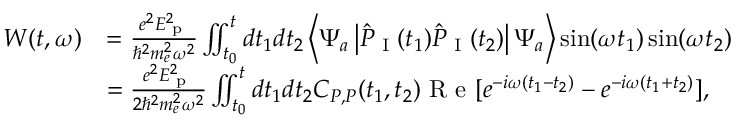
\begin{array} { r l } { W ( t , \omega ) } & { = \frac { e ^ { 2 } E _ { \textrm { p } } ^ { 2 } } { \hbar ^ { 2 } m _ { e } ^ { 2 } \omega ^ { 2 } } \iint _ { t _ { 0 } } ^ { t } d t _ { 1 } d t _ { 2 } \left\langle \Psi _ { a } \left| \hat { P } _ { \textrm { I } } ( t _ { 1 } ) \hat { P } _ { \textrm { I } } ( t _ { 2 } ) \right| \Psi _ { a } \right\rangle \sin ( \omega t _ { 1 } ) \sin ( \omega t _ { 2 } ) } \\ & { = \frac { e ^ { 2 } E _ { \textrm { p } } ^ { 2 } } { 2 \hbar ^ { 2 } m _ { e } ^ { 2 } \omega ^ { 2 } } \iint _ { t _ { 0 } } ^ { t } d t _ { 1 } d t _ { 2 } C _ { P , P } ( t _ { 1 } , t _ { 2 } ) \textrm { R e } [ e ^ { - i \omega ( t _ { 1 } - t _ { 2 } ) } - e ^ { - i \omega ( t _ { 1 } + t _ { 2 } ) } ] , } \end{array}